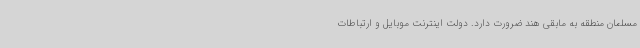
مسلمان منطقه به مابقی هند ضرورت دارد. دولت اینترنت موبایل و ارتباطات